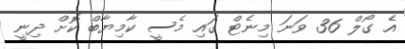
އެ ގޯލް 36 ވަނަ މިނެޓް ގައި މެސީ ކާމިޔާބް ކޮށް ދިނީ